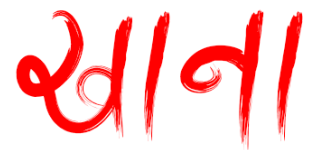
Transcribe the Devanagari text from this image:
खाना